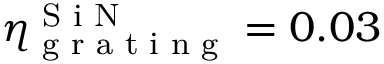
\eta _ { \textrm { g r a t i n g } } ^ { \textrm { S i N } } = 0 . 0 3